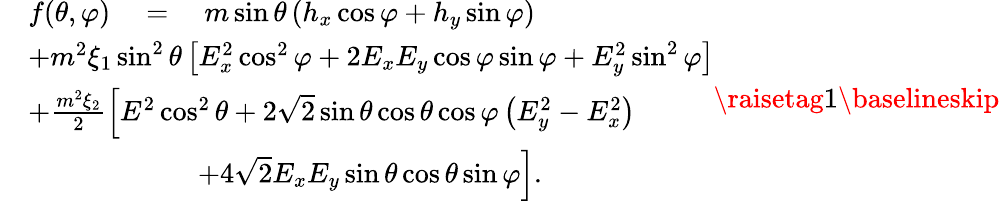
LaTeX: \begin{array}{rl}&{f(\theta,\varphi)\quad=\quad m\sin\theta\left(h_{x}\cos\varphi+h_{y}\sin\varphi\right)}\\ &{+m^{2}\xi_{1}\sin^{2}\theta\left[E_{x}^{2}\cos^{2}\varphi+2E_{x}E_{y}\cos\varphi\sin\varphi+E_{y}^{2}\sin^{2}\varphi\right]}\\ &{+\frac{m^{2}\xi_{2}}{2}\Big[E^{2}\cos^{2}\theta+2\sqrt{2}\sin\theta\cos\theta\cos\varphi\left(E_{y}^{2}-E_{x}^{2}\right)}\\ &{\qquad\qquad\qquad+4\sqrt{2}E_{x}E_{y}\sin\theta\cos\theta\sin\varphi\Big].}\end{array}\raisetag{1\baselineskip}